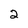
Character: 2